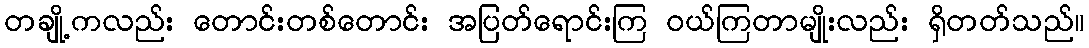
တချို့ကလည်း တောင်းတစ်တောင်း အပြတ်ရောင်းကြ ဝယ်ကြတာမျိုးလည်း ရှိတတ်သည်။